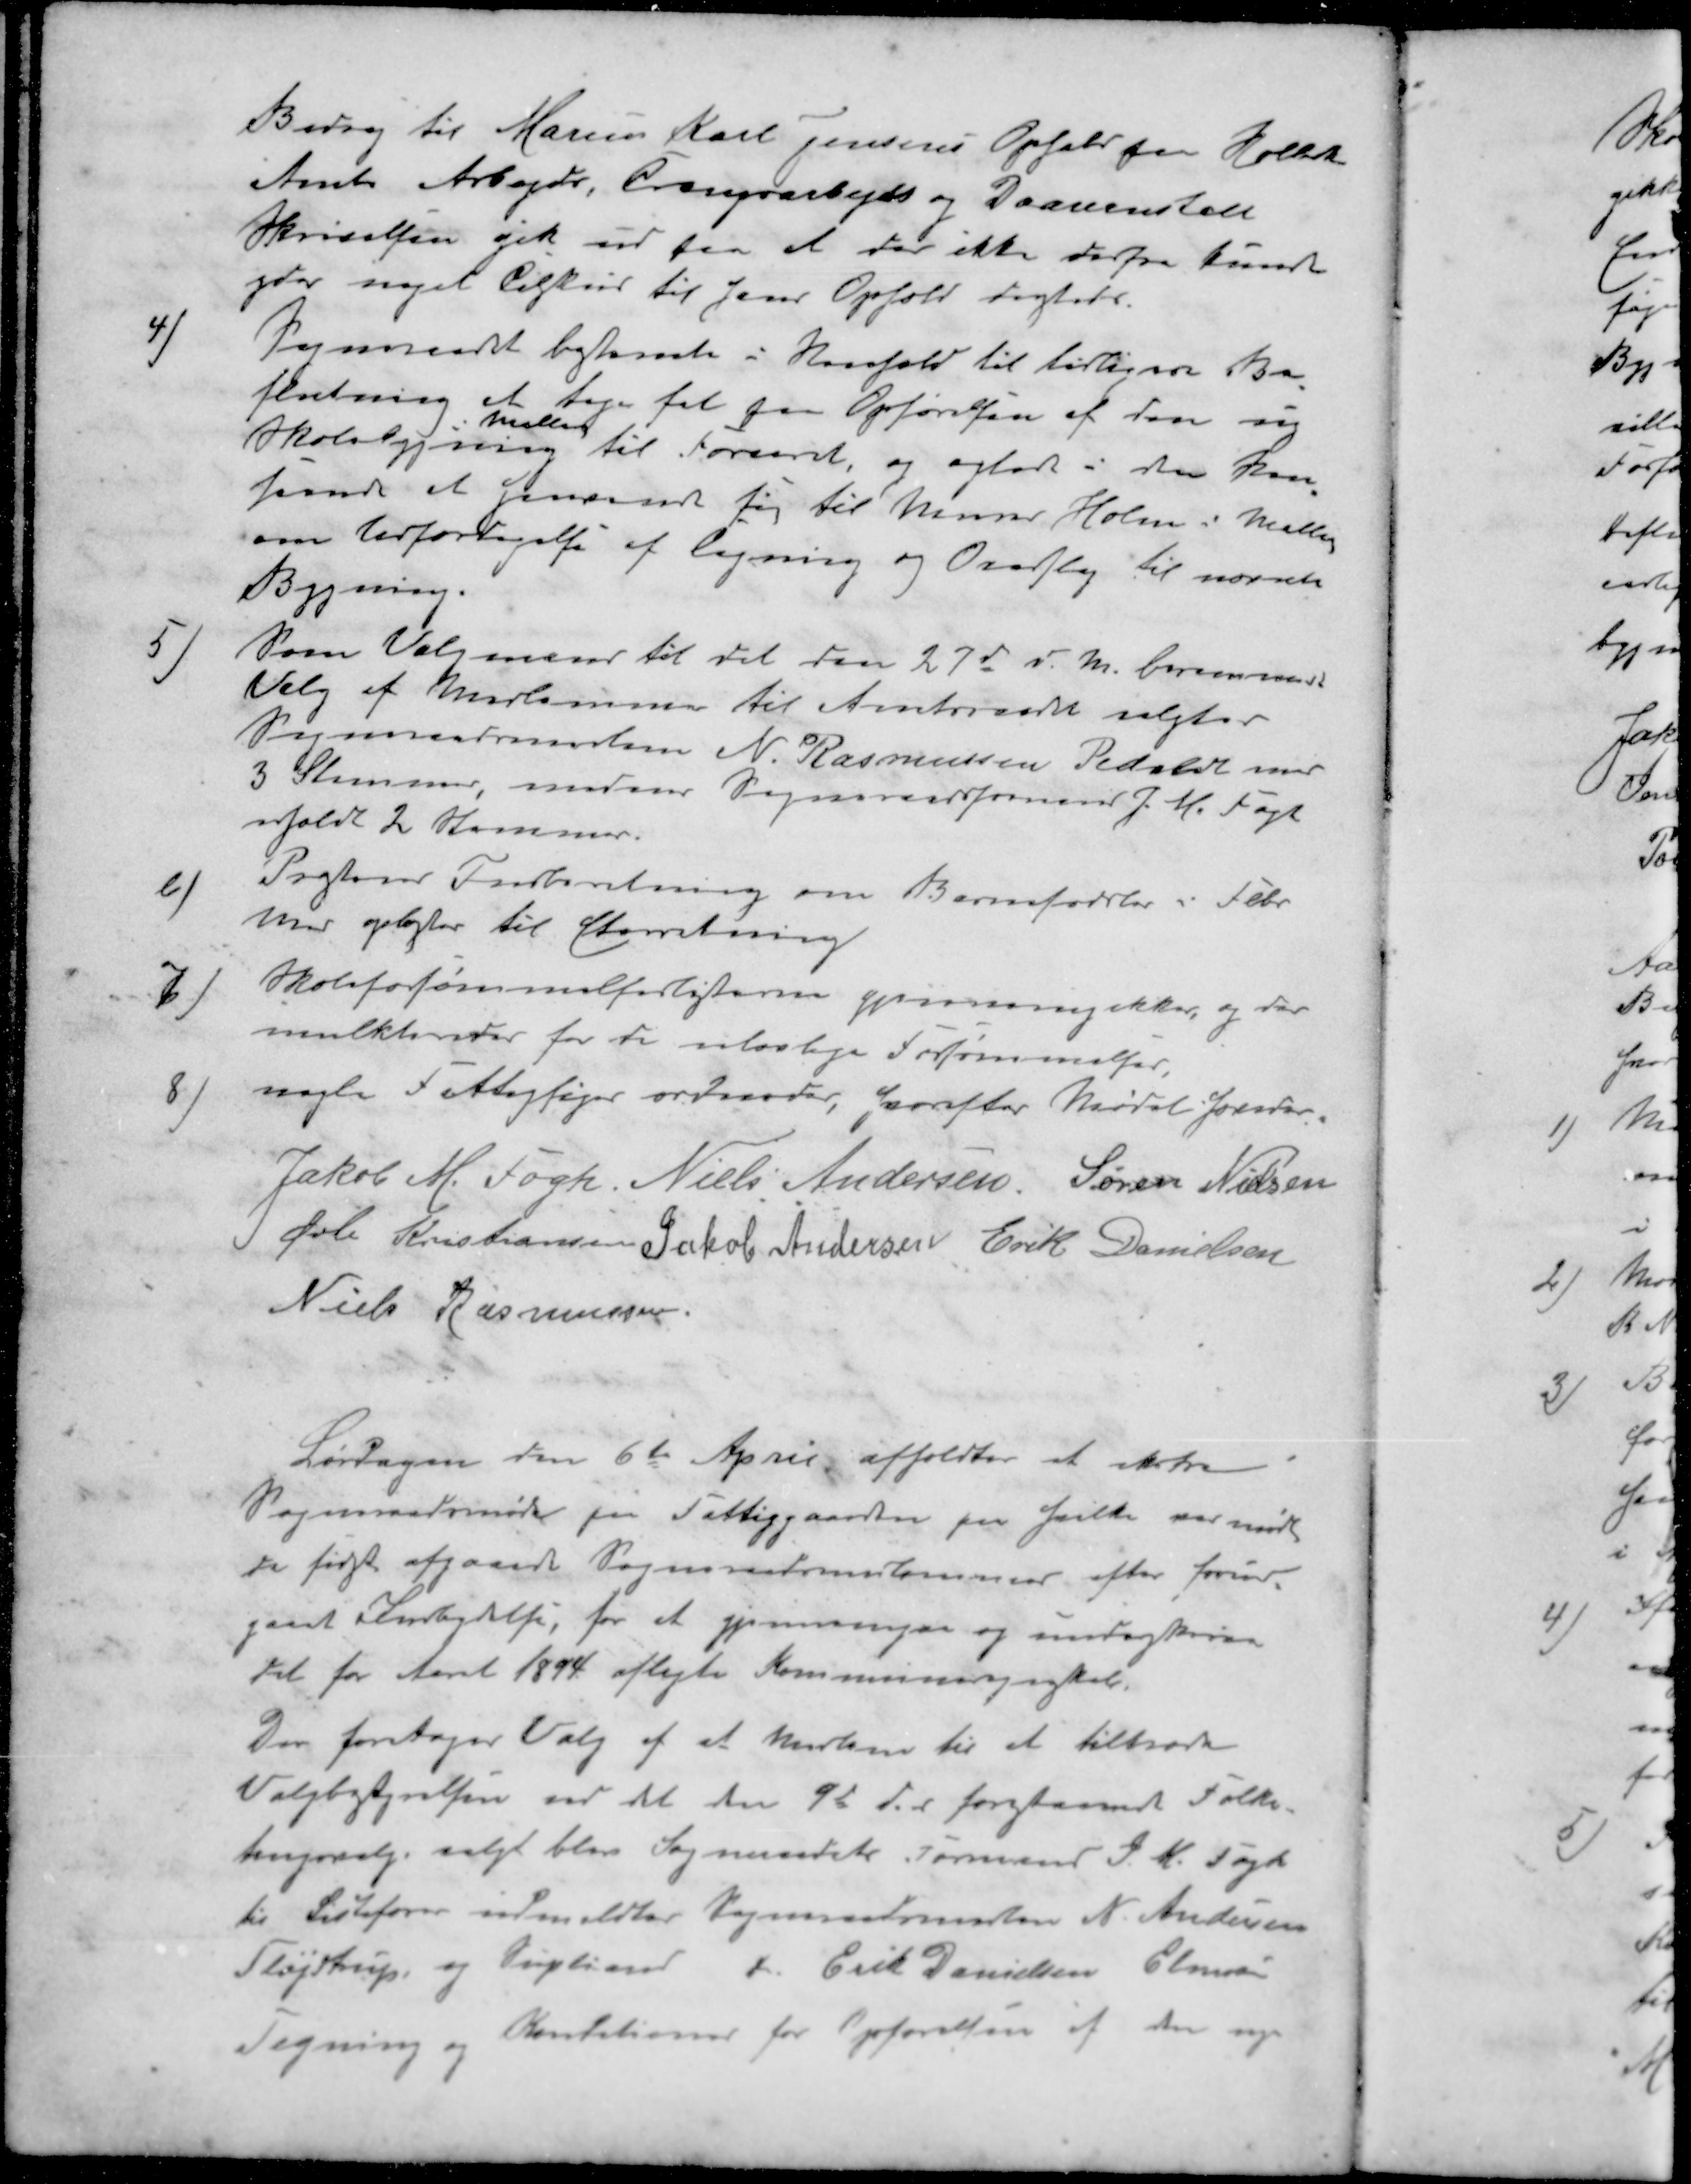
Transskription:
Bidrag til Marius Karl Jensens Opfald paa Holbæk
Amts Arbejd, Trangsarbejds og Daareanstalt
Skrivelsen det ud fra at der ikke derfra kunde
ydes noget tilskud til hans Ophold dersteds
4 ) Sogneraadet bestemte i Henhold til tidligere Be-
slutning at tage fat paa Opførelsen af den ny
mellen
Skolebygning til Foraaret, og agtede i den hen
seende at henvende sig til Murer Holm i Malling
om Udfærdigelse af Tegning og Overslag til nævnte
Bygning.
5 ) Som Valgmænd til det den 27d n M. berammede
Valg af Medlemmer til Amtsraadet valgtes
Sogneraadsmedlem N. Rasmussen Pedholt med
3 Stemmer, medens Sogneraadsformand J. M. Fogh
erholdt 2 Stemmer.
6 ) Præstens Indberetning om Barnefødsler i Febr.
Md oplæstes til efterretning
7 ) Skoleforsømmelseslisterne gjennemgikkes, og der
mulkteredes for de ulovlige Forsømmelser
8 ) nogle Fattigsager ordnedes, hvorefter Mødet hævedes
Jakob M Fogh
Niels Andersen
Søren Nielsen
Øvli Kristiansen
Jakob Andersen
Erik Danielsen
Niels Rasmussen
Lørdagen den 6te April afholdtes et ekstra
Sogneraadsmøde paa Fattiggaarden paa hvilke var mødt
de først afgaaede Sogneraadsmedlemmer efter forud-
gaaet indbydelse, for at gjennemgaa og underkrive
det for Aaret 1894 aflagte Kommuneregnskab.
Der foretages Valg af et Medlem til at tiltræde
Valgbestyrelsen ved det den 9d d. m foretaaende Folke-
tingsvalg valgt blev Sogneraadets Formand J. M Fogh
til Listefører udmeldtes Sogneraadsmedlem N. Andersen
Fløjstrup og Supliand Erik Danielsen Elmose
Tegning og Konditioner for Opførelsen af den nye